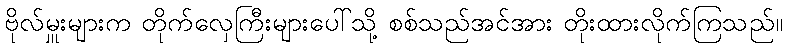
ဗိုလ်မှူးများက တိုက်လှေကြီးများပေါ်သို့ စစ်သည်အင်အား တိုးထားလိုက်ကြသည်။